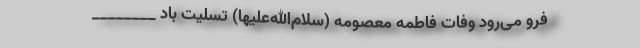
فرو می‌رود وفات فاطمه معصومه (سلام‌الله‌علیها) تسلیت باد ________